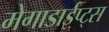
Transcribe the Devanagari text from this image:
मेगाडाईप्ट्स